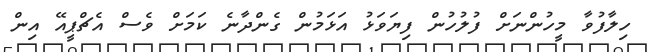
ހިލާފުވާ މީހުންނަށް ފުލުުހުން ފިޔަވަޅު އަޅަމުން ގެންދާނެ ކަމަށް ވެސް އެޗްޕީއޭ އިން